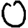
Digit: 0